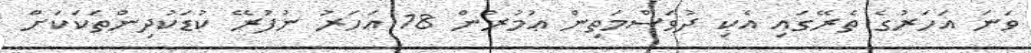
ވަނަ އަހަރުގެ ތެރޭގައި އެކި ދުވަސްމަތިން ޢުމުރުން 18 އަހަރު ނުފުރޭ ކުޑަކުދިންތަކަކަށް